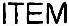
ITEM